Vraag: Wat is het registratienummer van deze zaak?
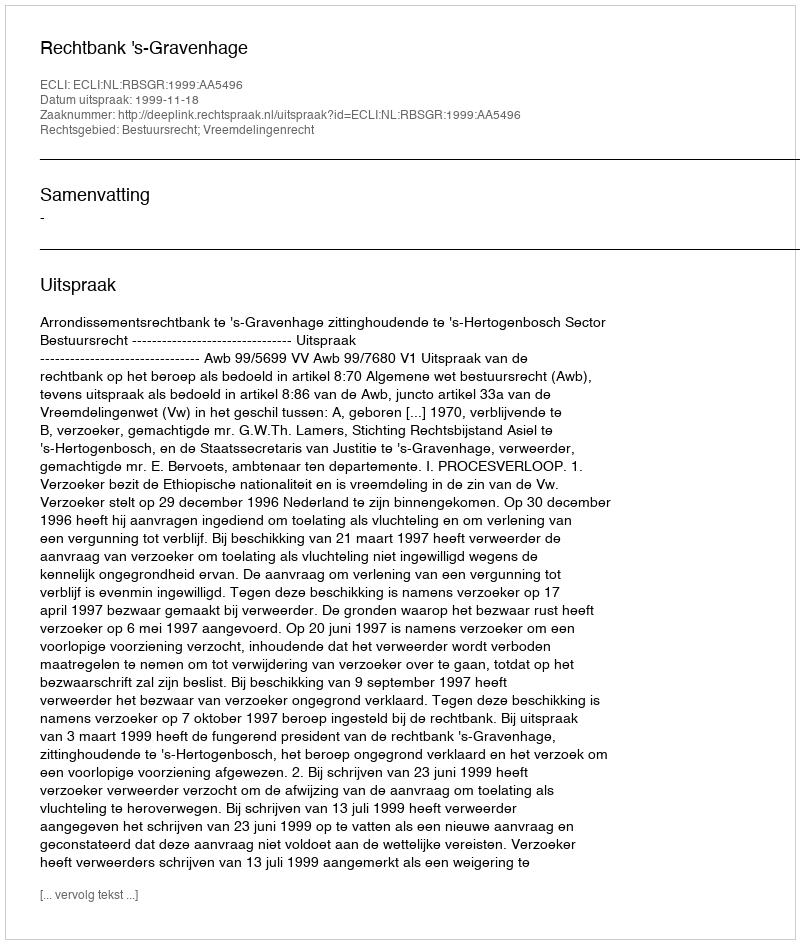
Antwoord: http://deeplink.rechtspraak.nl/uitspraak?id=ECLI:NL:RBSGR:1999:AA5496